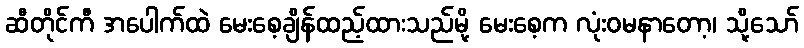
ဆီတိုင်ကီ အပေါက်ထဲ မေးစေ့ချိန်ထည့်ထားသည်မို့ မေးစေ့က လုံးဝမနာတော့၊ သို့သော်